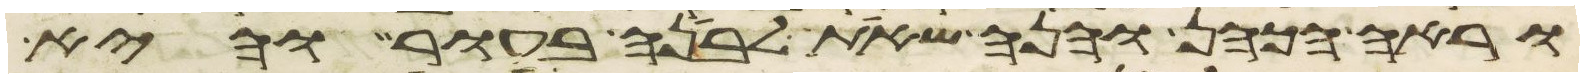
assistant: וראה הכהן והנה שאת לבנה בעור והיא